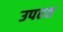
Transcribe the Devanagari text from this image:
उपरत